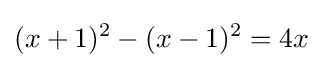
(x+1)^{2}-(x-1)^{2}=4x